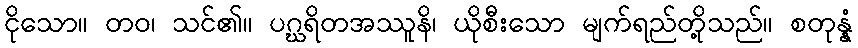
ငိုသော။ တဝ၊ သင်၏။ ပဂ္ဃရိတအဿူနိ၊ ယိုစီးသော မျက်ရည်တို့သည်။ စတုန္နံ